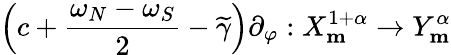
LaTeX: \Big(c+\frac{\omega_{N}-\omega_{S}}{2}-\widetilde{\gamma}\Big)\partial_{\varphi}:X_{\mathbf{m}}^{1+\alpha}\rightarrow Y_{\mathbf{m}}^{\alpha}